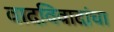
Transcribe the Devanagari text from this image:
वादविवादांचा